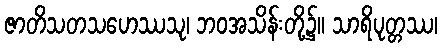
ဇာတိသတသဟေဿသု၊ ဘဝအသိန်းတို့၌။ သာရိပုတ္တဿ၊